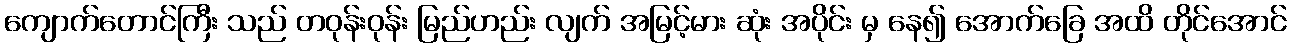
ကျောက်တောင်ကြီး သည် တဝုန်းဝုန်း မြည်ဟည်း လျက် အမြင့်မား ဆုံး အပိုင်း မှ နေ၍ အောက်ခြေ အထိ တိုင်အောင်